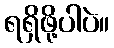
ရရှိဖို့ပါပဲ။